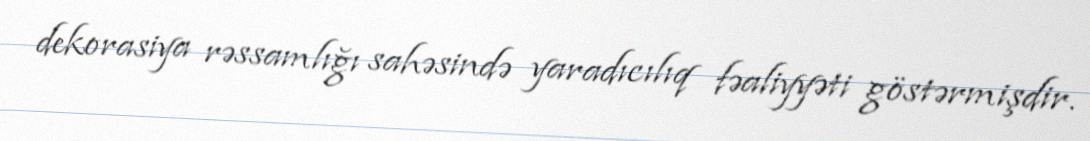
dekorasiya rəssamlığı sahəsində yaradıcılıq fəaliyyəti göstərmişdir.